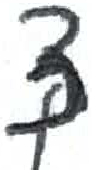
אות: צ